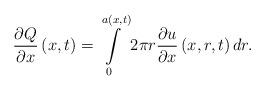
LaTeX: \begin{align*}\frac{\partial Q}{\partial x}\left(x,t\right)=\intop_{0}^{a\left(x,t\right)}2\pi r\frac{\partial u}{\partial x}\left(x,r,t\right)dr.\end{align*}